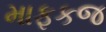
માફકજ